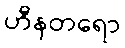
ဟီနတရော